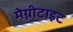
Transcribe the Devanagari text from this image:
मेग्नीटाइट